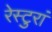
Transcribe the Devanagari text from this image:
रेस्टुरां